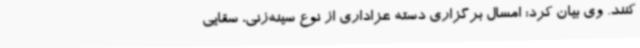
کنند. وی بیان کرد: امسال برگزاری دسته عزاداری از نوع سینه‌زنی، سقایی